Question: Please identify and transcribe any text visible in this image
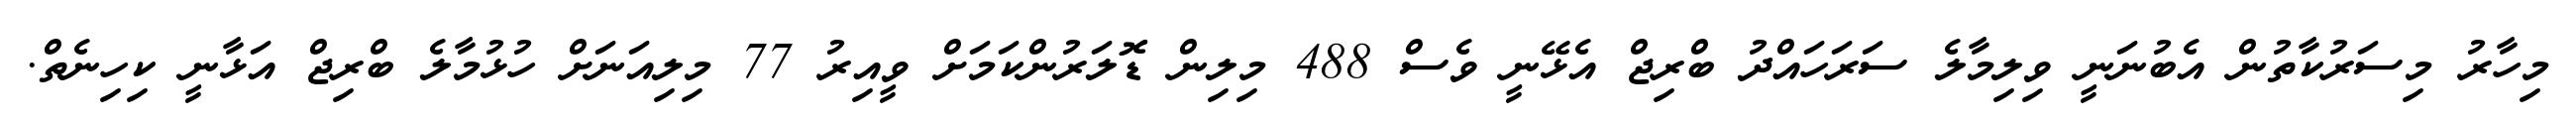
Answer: މިހާރު މިސަރުކާތުން އެބުނަނީ ވިލިމާލެ ސަރަހައްދު ބްރިޖް އެޅޭނީ ވެސް 488 މިލިން ޑޮލަރުންކަމަށް ވީއިރު 77 މިލިއަނަށް ހުޅުމާލެ ބްރިޖް އަޅާނީ ކިހިނެތް.